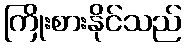
ကြိုးစားနိုင်သည်